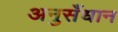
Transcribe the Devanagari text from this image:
अनुसँधान